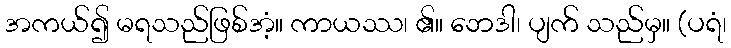
အကယ်၍ မရသည်ဖြစ်အံ့။ ကာယဿ၊ ၏။ ဘေဒါ၊ ပျက် သည်မှ။ (ပရံ၊